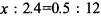
x : 2.4=0.5: 12$$